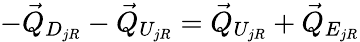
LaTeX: -\vec{Q}_{D_{jR}}-\vec{Q}_{U_{jR}}=\vec{Q}_{U_{jR}}+\vec{Q}_{E_{jR}}